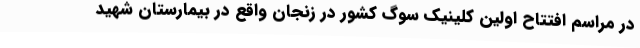
در مراسم افتتاح اولین کلینیک سوگ کشور در زنجان واقع در بیمارستان شهید